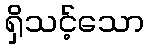
ရှိသင့်သော